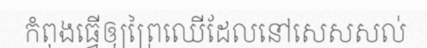
កំពុងធ្វើឲ្យព្រៃឈើដែលនៅសេសសល់